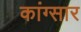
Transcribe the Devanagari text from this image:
कांग्सार